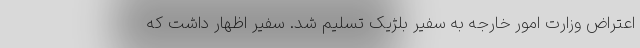
اعتراض وزارت امور خارجه به سفیر بلژیک تسلیم شد. سفیر اظهار داشت که